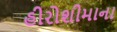
હીરોશીમાના